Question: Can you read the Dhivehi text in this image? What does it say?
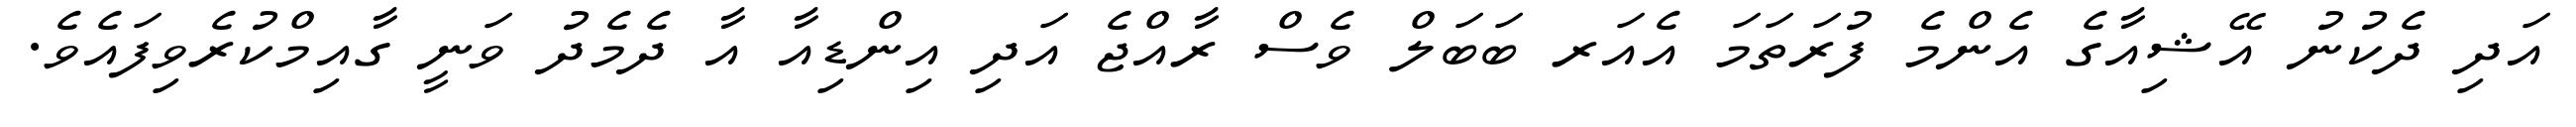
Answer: އަދި ދެކުނު އޭޝިއާގެ އެންމެ ފުރަތަމަ އެއަރ ބަބަލް ވެސް ރާއްޖެ އަދި އިންޑިއާ އާ ދެމެދު ވަނީ ގާއިމްކުރެވިފައެވެ.